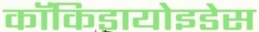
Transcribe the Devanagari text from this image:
कॉकिडायोइडेस